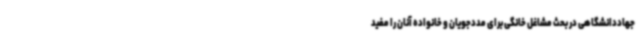
جهاددانشگاهی در بحث مشاغل خانگی برای مددجویان و خانواده آنان را مفید